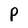
Character: P